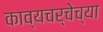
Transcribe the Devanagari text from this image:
काव्यचर्चेच्या